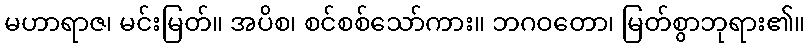
မဟာရာဇ၊ မင်းမြတ်။ အပိစ၊ စင်စစ်သော်ကား။ ဘဂဝတော၊ မြတ်စွာဘုရား၏။